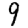
Digit: 9